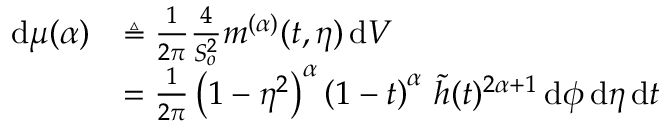
\begin{array} { r l } { \, \mathrm { d } \mu ( \alpha ) } & { \triangleq \frac { 1 } { 2 \pi } \frac { 4 } { S _ { o } ^ { 2 } } m ^ { ( \alpha ) } ( t , \eta ) \, \mathrm { d } V } \\ & { = \frac { 1 } { 2 \pi } \left( 1 - \eta ^ { 2 } \right) ^ { \alpha } \left( 1 - t \right) ^ { \alpha } \, \widetilde { h } ( t ) ^ { 2 \alpha + 1 } \, \mathrm { d } \phi \, \mathrm { d } \eta \, \mathrm { d } t } \end{array}